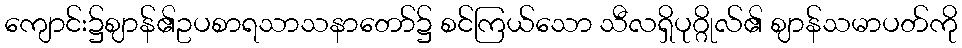
ကျောင်း၌ဈာန်၏ဥပစာရသာသနာတော်၌ စင်ကြယ်သော သီလရှိပုဂ္ဂိုလ်၏ ဈာန်သမာပတ်ကို